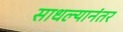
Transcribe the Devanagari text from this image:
साधल्यानंतर